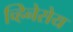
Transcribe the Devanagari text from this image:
च्हिनेसेय